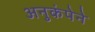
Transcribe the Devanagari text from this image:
अनुकंपेने